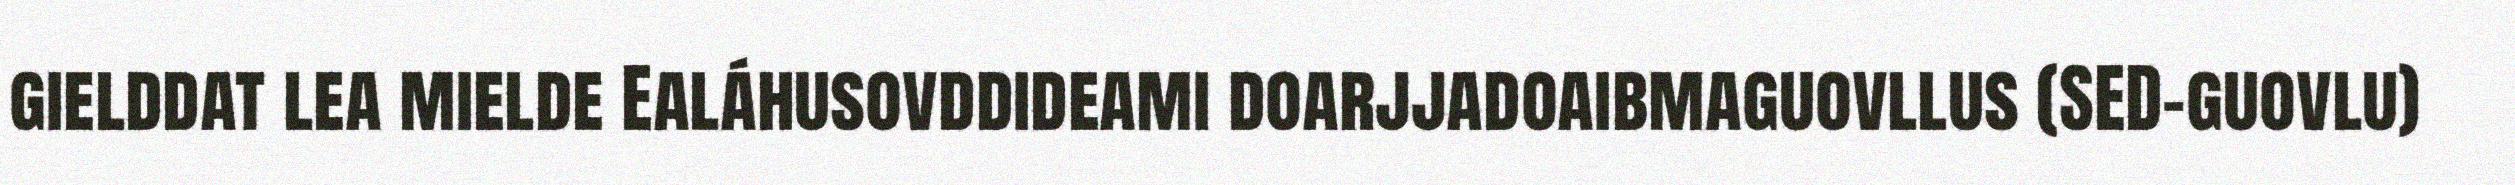
gielddat lea mielde Ealáhusovddideami doarjjadoaibmaguovllus (SED-guovlu)